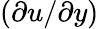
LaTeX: (\partial u/\partial y)